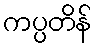
ကပ္ပတိန်